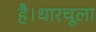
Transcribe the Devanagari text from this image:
है।धारचूला